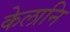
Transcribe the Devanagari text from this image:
केलानि